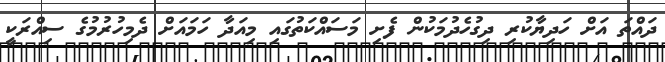
ދައްތަ އަށް ހަދިޔާކުރި ދިގުހެދުމަކުން ފެށި މަސައްކަތުގައި މިއަދާ ހަމައަށް ދެމިހުރުމުގެ ސިއްރަކީ